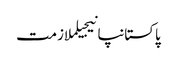
پاکستانپانیجیلملازمت